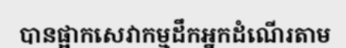
បានផ្អាកសេវាកម្មដឹកអ្នកដំណើរតាម